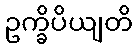
ဥက္ခိပိယျတိ